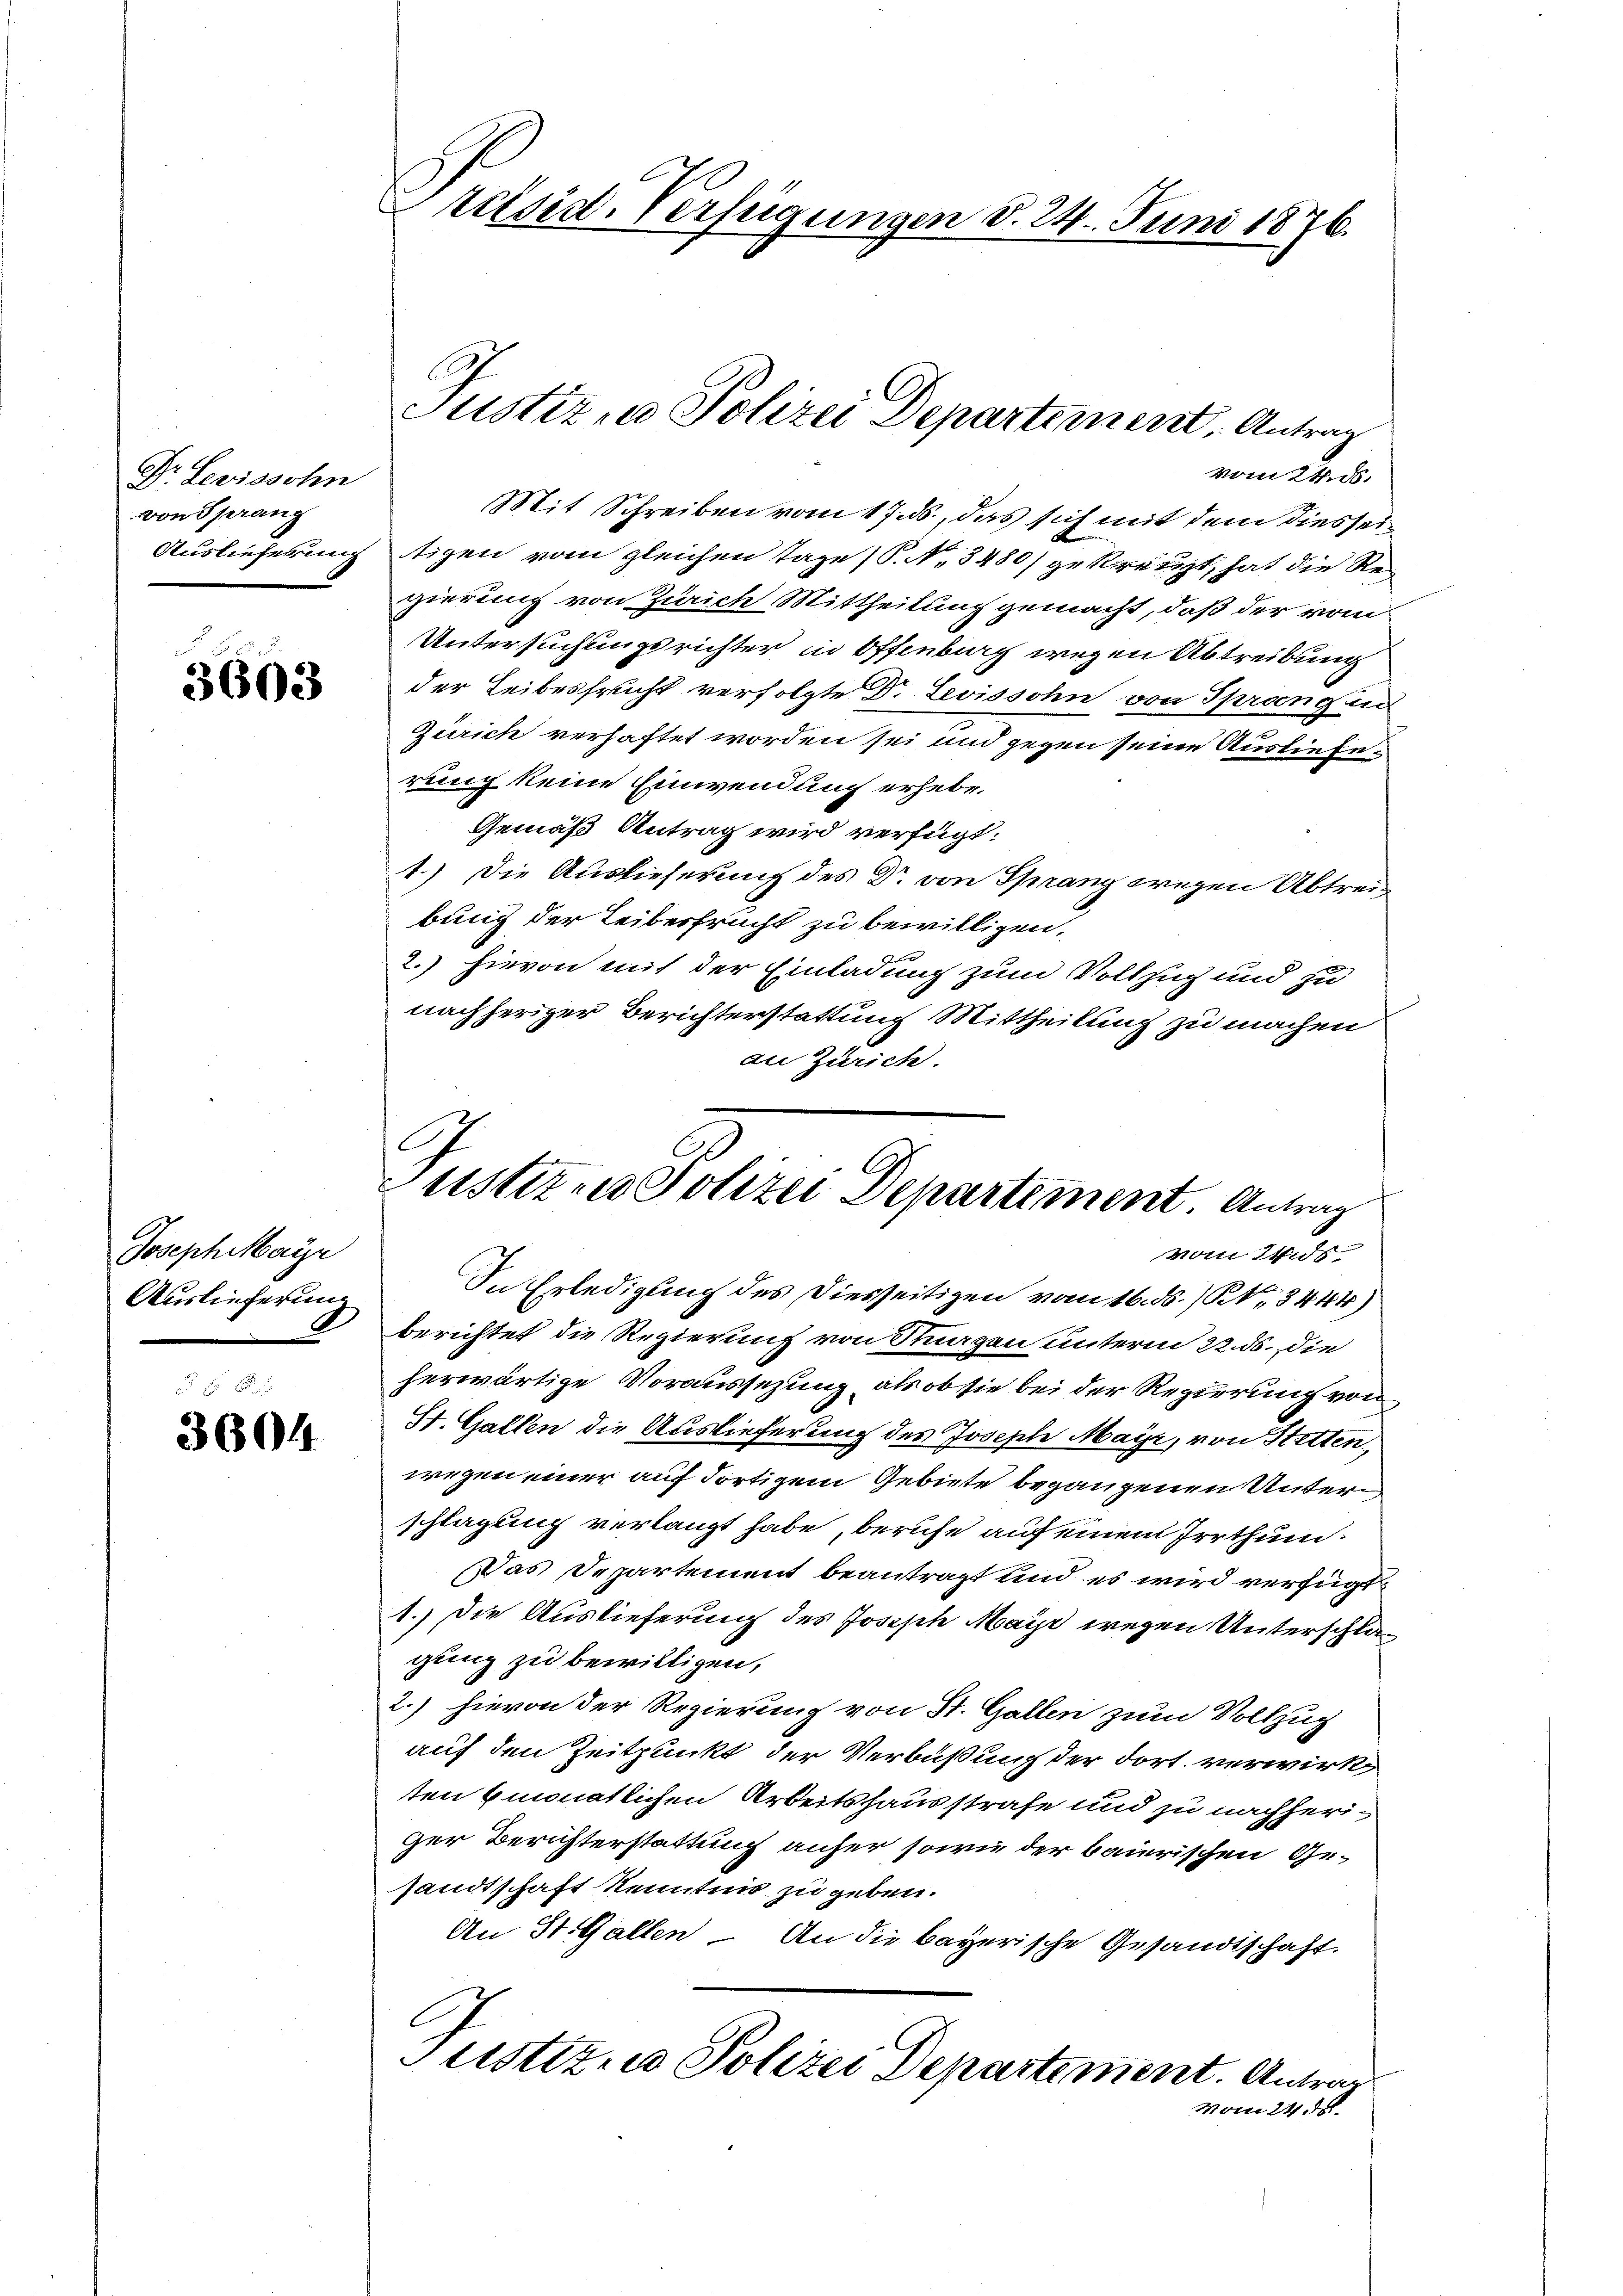
Dr. Levissohn
von Sprang
Auslieferung

3603

Joseph Maÿr
Auslieferung

3604

räsid. Verfügungen d. 24. Juni 1876.

C
Justiz zu Polizei Departement, Antrag
vom 24. 86.

Justiz- u Polizei Departement. Antrag
Mom 24. s

Mit Schreiben vom 17. ds., das sich mit dem diesseitigen vom gleichen Tage (S. No. 3480) gekreuzt, hat die Revierung von Zürich Mittheilung gemacht, daß der vom
Untersuchungsrichter in Offenburg wegen Abtreibung
der Leibesfrucht verfolgte Dr. Levissohn von Sprang un
Zürich verhaftet worden sei und gegen seine Ausliefe:
rung keine Einwendung erhebe.
Gemäß Antrag wird verfügt:
1.) Die Auslieferung des Dr. von Sprang wegen Abtreibung der Leibesfrucht zu bewilligen.
2.) Hievon mit der Einladung zum Vollzug und zu
nachheriger Berichterstattung Mittheilung zu machen
an Zürich
In Erledigung des Diesseitigen vom 16. ds. / NNo. 3444)
berichtet die Regierung von Sorgen unterm 22. ds. die
herwärtige Voraussezung, als ob sie bei der Regierung von
St. Gallen die Auslieferung des Joseph Mayr, von Stetten,
wegen einer auf dortigem Gebiete begangenen Unterschlagung verlangt habe, beruhe auf einem Irrthum.
Das Departement beantragt und es wird verfügt
1.) Die Auslieferung des Joseph Maye wegen Unterschlagung zu bewilligen,
2.) hievon der Regierung von St. Gallen zum Vollzug
auf den Zeitpunkt der Verbüßung der dort. verwirke
ten Emonatlichen Arbeitshausstrafe und zu nachheriger Berichterstattung anher sowie der baierischen Gesandtschaft Kenntnis zu geben.
An St. Gallen – An die bayerische Gesandtschaft.
Justizio Polizei Departement. Antrag
Mom 24.